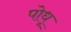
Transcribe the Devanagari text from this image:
पोधू